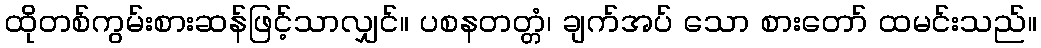
ထိုတစ်ကွမ်းစားဆန်ဖြင့်သာလျှင်။ ပစနတတ္တံ၊ ချက်အပ် သော စားတော် ထမင်းသည်။